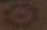
و